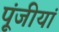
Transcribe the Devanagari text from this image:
पूंजीयां